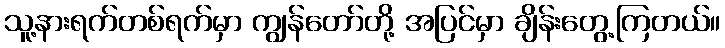
သူ့နားရက်တစ်ရက်မှာ ကျွန်တော်တို့ အပြင်မှာ ချိန်းတွေ့ကြတယ်။